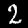
Digit: 2